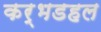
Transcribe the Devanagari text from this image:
कर्भडहल